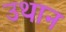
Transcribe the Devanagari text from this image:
उथान